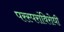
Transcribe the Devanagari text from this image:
परस्परांविरोधी